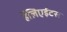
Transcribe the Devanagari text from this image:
हॅलिएईटस